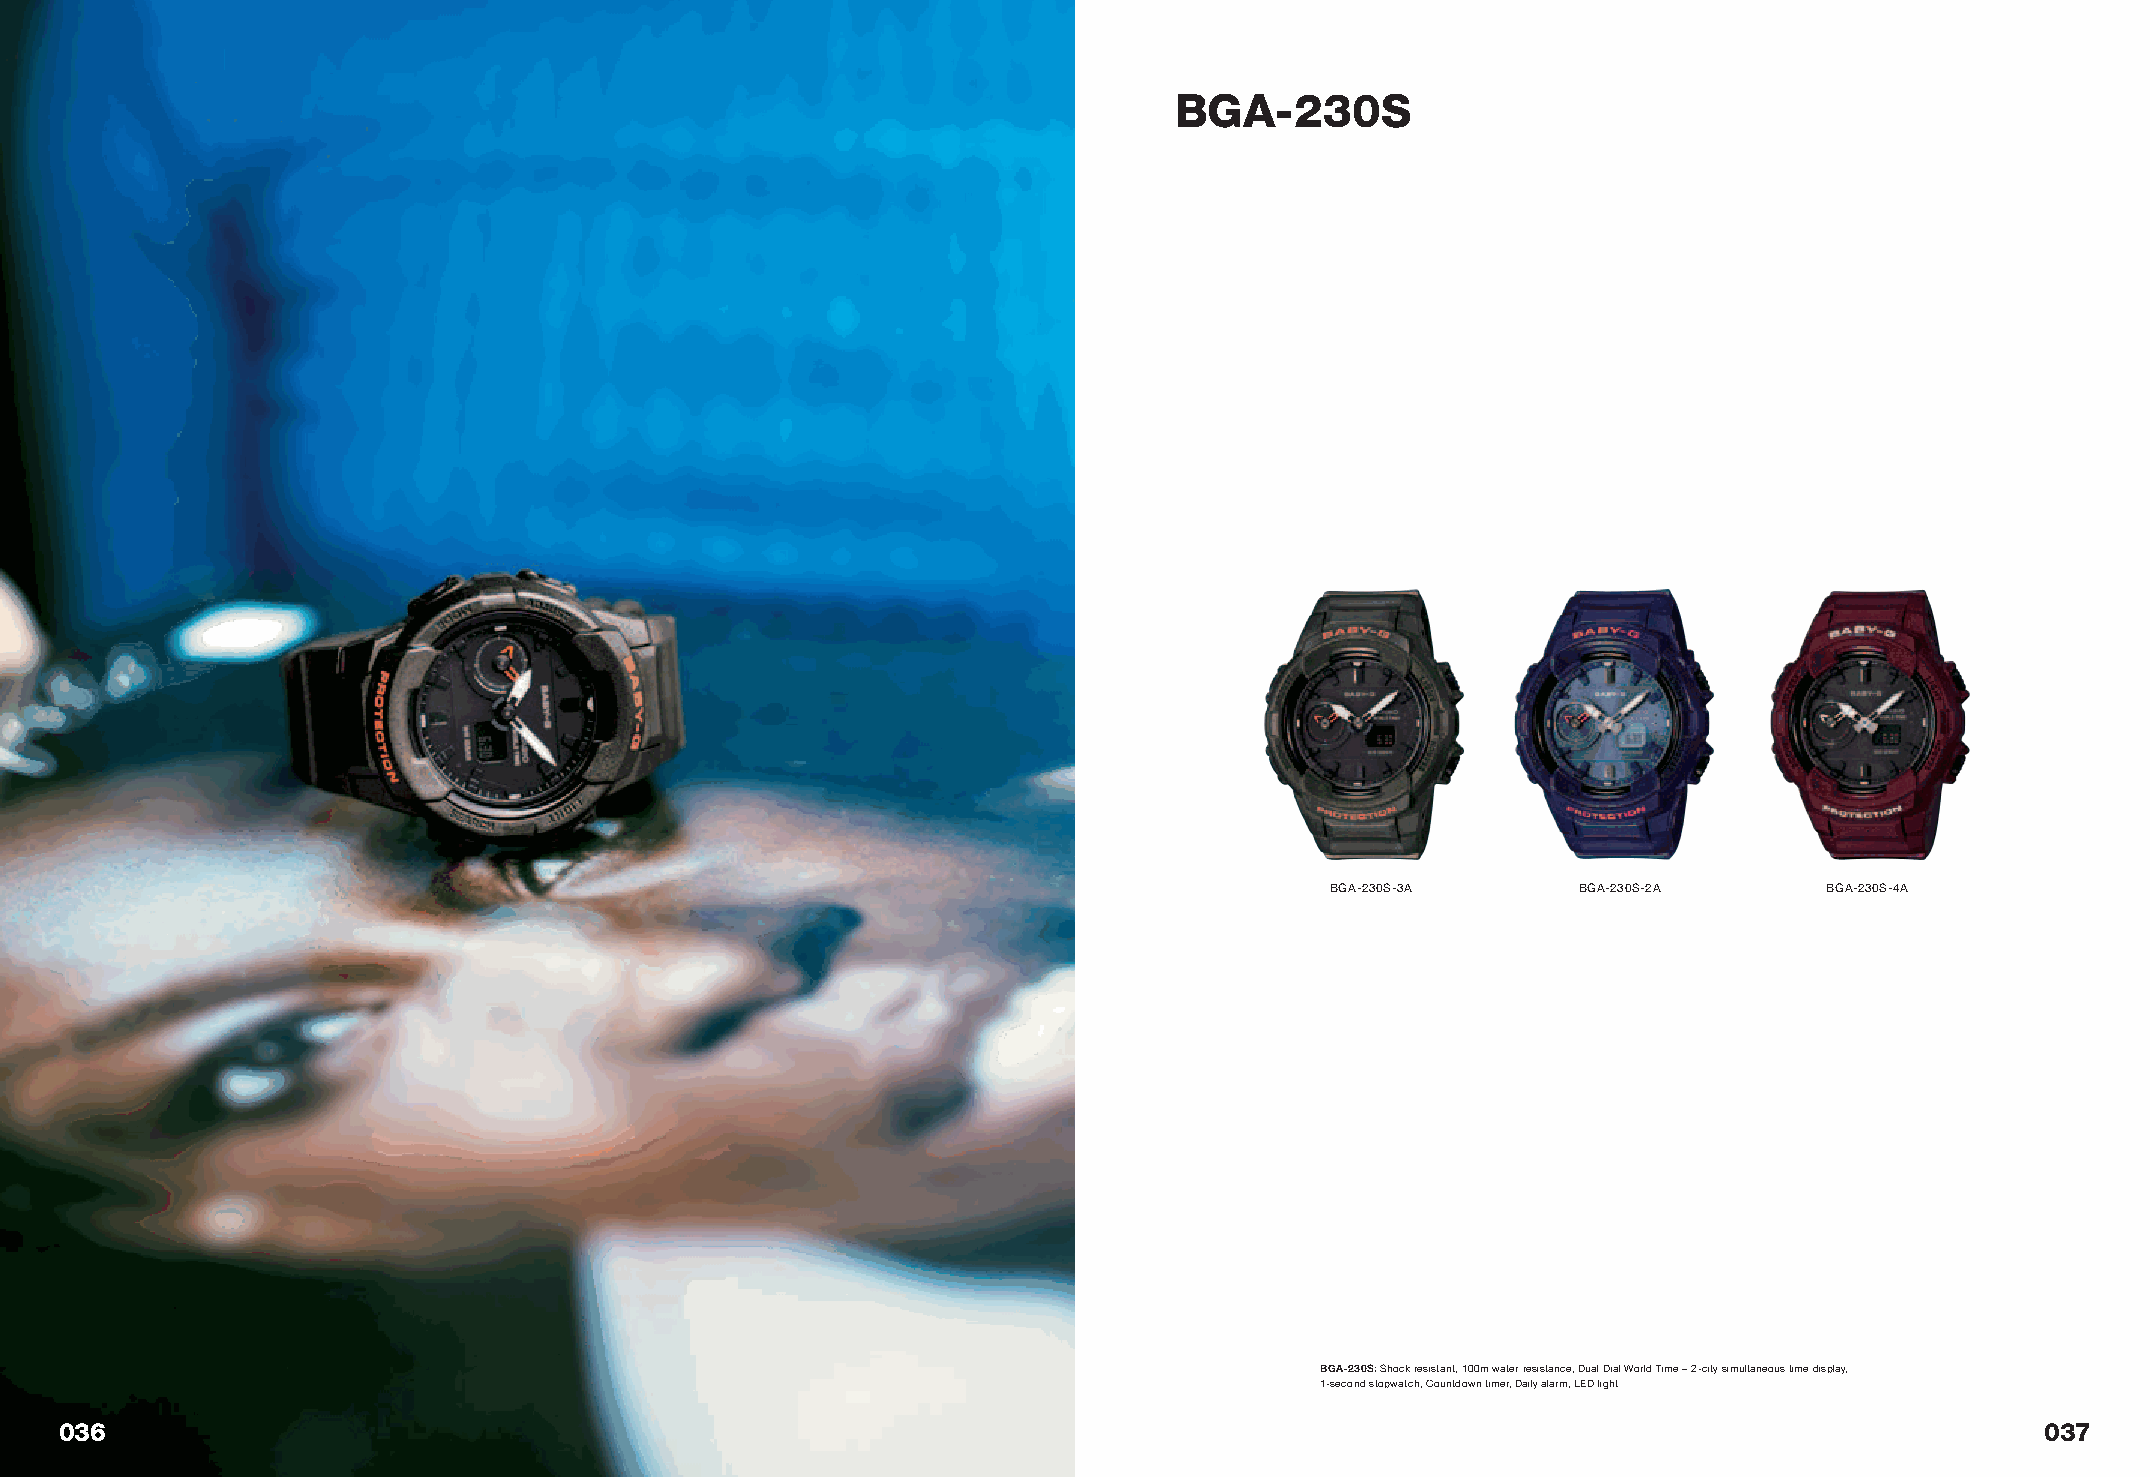
BGA-230S
 BGA-230S-3A      BGA-230S-2A     BGA-230S-4A
 BGA-230S: Shock resistant, 100m water resistance, Dual Dial World Time – 2-city simultaneous time display,
 1-second stopwatch, Countdown timer, Daily alarm, LED light
 036                                                                                                                                037